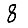
Digit: 8